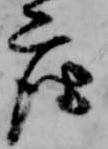
座